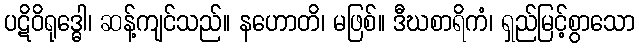
ပဋိဝိရုဒ္ဓေါ၊ ဆန့်ကျင်သည်။ နဟောတိ၊ မဖြစ်။ ဒီဃစာရိကံ၊ ရှည်မြင့်စွာသော